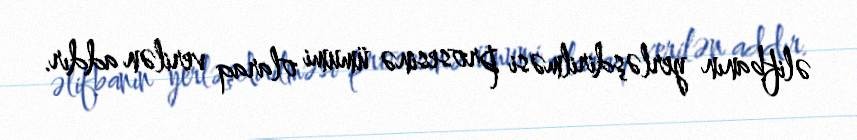
əlifbanın yerləşdirilməsi prosesinə ümumi olaraq verilən addır.